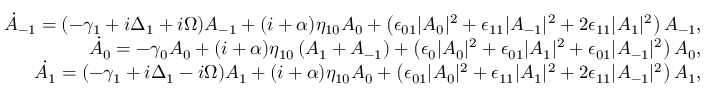
\begin{array} { r l r } & { } & { \dot { A } _ { - 1 } = ( - \gamma _ { 1 } + i \Delta _ { 1 } + i \Omega ) A _ { - 1 } + ( i + \alpha ) \eta _ { 1 0 } A _ { 0 } + \left( \epsilon _ { 0 1 } | A _ { 0 } | ^ { 2 } + \epsilon _ { 1 1 } | A _ { - 1 } | ^ { 2 } + 2 \epsilon _ { 1 1 } | A _ { 1 } | ^ { 2 } \right) A _ { - 1 } , } \\ & { } & { \dot { A } _ { 0 } = - \gamma _ { 0 } A _ { 0 } + ( i + \alpha ) \eta _ { 1 0 } \left( A _ { 1 } + A _ { - 1 } \right) + \left( \epsilon _ { 0 } | A _ { 0 } | ^ { 2 } + \epsilon _ { 0 1 } | A _ { 1 } | ^ { 2 } + \epsilon _ { 0 1 } | A _ { - 1 } | ^ { 2 } \right) A _ { 0 } , } \\ & { } & { \dot { A } _ { 1 } = ( - \gamma _ { 1 } + i \Delta _ { 1 } - i \Omega ) A _ { 1 } + ( i + \alpha ) \eta _ { 1 0 } A _ { 0 } + \left( \epsilon _ { 0 1 } | A _ { 0 } | ^ { 2 } + \epsilon _ { 1 1 } | A _ { 1 } | ^ { 2 } + 2 \epsilon _ { 1 1 } | A _ { - 1 } | ^ { 2 } \right) A _ { 1 } , } \end{array}